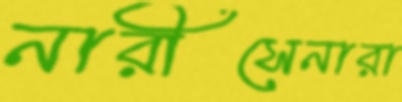
নারীসেনারা